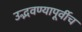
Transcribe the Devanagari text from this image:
उद्भवण्यापूर्वीच